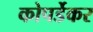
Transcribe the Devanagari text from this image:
कोपर्डेकर